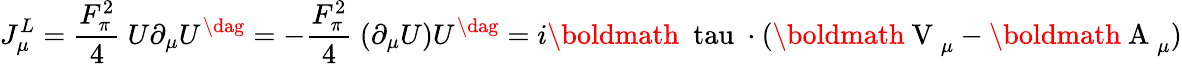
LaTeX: J_{\mu}^{L}=\frac{F_{\pi}^{2}}{4}~U\partial_{\mu}U^{\dag}=-\frac{F_{\pi}^{2}}{4}~(\partial_{\mu}U)U^{\dag}=i\mathrm{\boldmath~\ tau~}\cdot(\mathrm{\boldmath~V~}_{\mu}-\mathrm{\boldmath~A~}_{\mu})